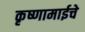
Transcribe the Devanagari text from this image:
कृष्णामाईचे